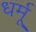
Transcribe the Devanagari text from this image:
धर्मू